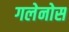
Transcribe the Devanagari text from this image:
गलेनोस